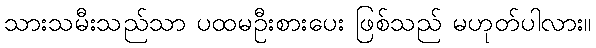
သားသမီးသည်သာ ပထမဦးစားပေး ဖြစ်သည် မဟုတ်ပါလား။